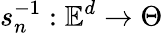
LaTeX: s_{n}^{-1}:\mathbb{E}^{d}\to\Theta